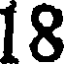
18